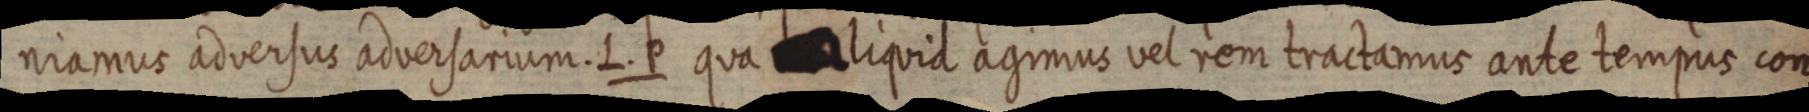
niamus adversus adversarium. L. P qua aliquid agimus vel rem tractamus ante tempus con